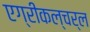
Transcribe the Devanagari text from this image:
एग्रीकल्चर्ल